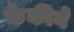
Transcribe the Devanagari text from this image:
केकीने